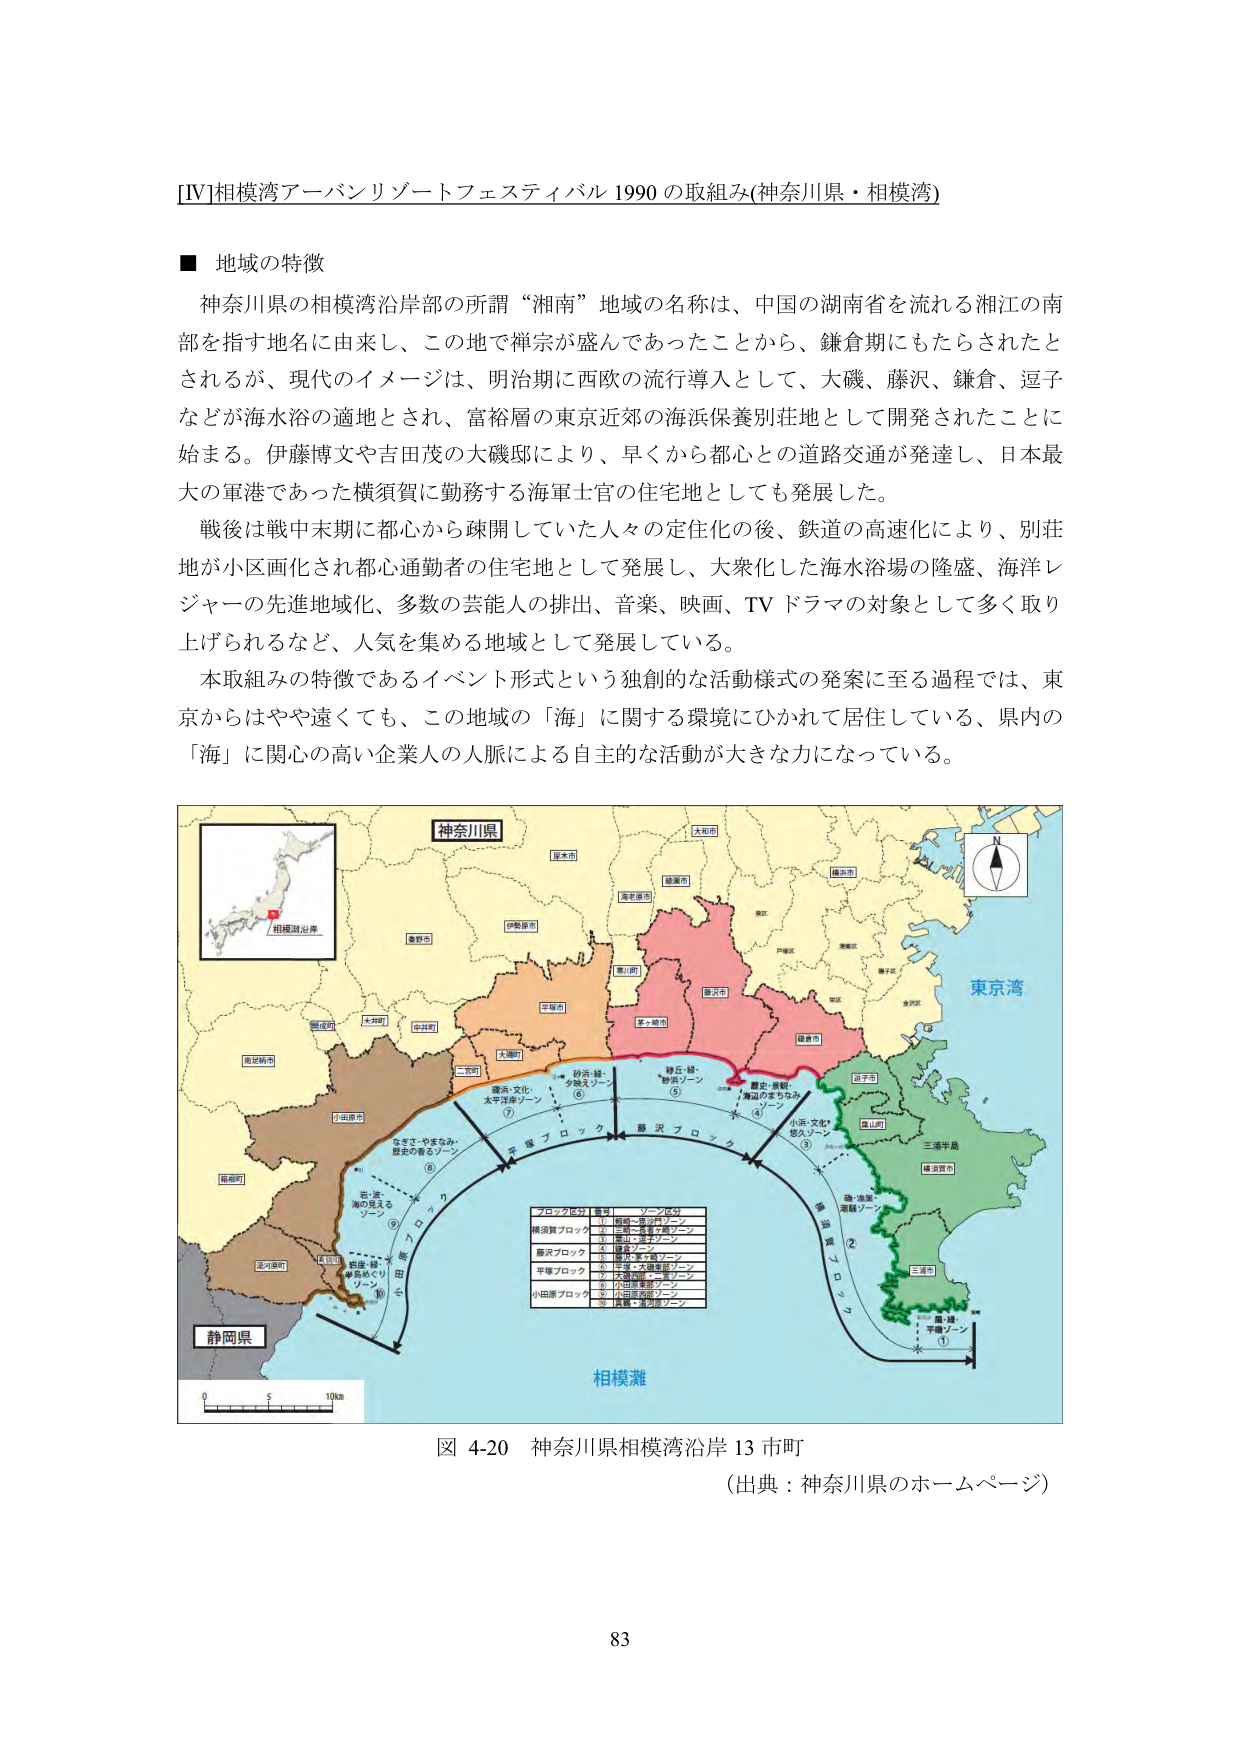
[Ⅳ]相模湾アーバンリゾートフェスティバル 1990 の取組み(神奈川県・相模湾)

■ 地域の特徴
神奈川県の相模湾沿岸部の所謂“湘南”地域の名称は、中国の湖南省を流れる湘江の南部を指す地名に由来し、この地で禅宗が盛んであったことから、鎌倉期にもたらされたとされるが、現代のイメージは、明治期に西欧の流行導入として、大磯、藤沢、鎌倉、逗子などが海水浴の適地とされ、富裕層の東京近郊の海浜保養別荘地として開発されたことに始まる。伊藤博文や吉田茂の大磯邸により、早くから都心との道路交通が発達し、日本最大の軍港であった横須賀に勤務する海軍士官の住宅地としても発展した。
戦後は戦中末期に都心から疎開していた人々の定住化の後、鉄道の高速化により、別荘地が小区画化され都心通勤者の住宅地として発展し、大衆化した海水浴場の隆盛、海洋レジャーの先進地域化、多数の芸能人の排出、音楽、映画、TV ドラマの対象として多く取り上げられるなど、人気を集める地域として発展している。
本取組みの特徴であるイベント形式という独創的な活動様式の発案に至る過程では、東京からはやや遠くても、この地域の「海」に関する環境にひかれて居住している、県内の「海」に関心の高い企業人の人脈による自主的な活動が大きな力になっている。

神奈川県
大和市
海老名市
綾瀬市
横浜市
横須賀市
藤沢市
鎌倉市
逗子市
三浦市
葉山町
三浦半島
横須賀市
東京湾
相模灘
静岡県
0 5 10km
N
相模湾沿岸
小田原市
秦野市
愛甲郡
中井町
大磯町
二宮町
平塚市
伊勢原市
厚木市
座間市
南足柄市
箱根町
湯河原町
大磯・藤沢ゾーン
藤沢・鎌倉ゾーン
鎌倉・逗子ゾーン
小田原・平塚ゾーン
平塚・秦野ゾーン
大磯・藤沢ゾーン
藤沢・鎌倉ゾーン
鎌倉・逗子ゾーン
小田原・平塚ゾーン
平塚・秦野ゾーン
①
②
③
④
⑤
⑥
⑦
⑧
⑨
⑩
ブロック区分 番号 ゾーン区分
横須賀ブロック ① 横須賀・逗子ゾーン
② 三浦・葉山・横須賀ゾーン
藤沢ブロック ③ 藤沢・鎌倉ゾーン
④ 鎌倉・逗子ゾーン
平塚ブロック ⑤ 平塚・秦野ゾーン
⑥ 大磯・藤沢ゾーン
小田原ブロック ⑦ 小田原・平塚ゾーン
⑧ 平塚・秦野ゾーン
⑨ 小田原・平塚ゾーン
⑩ 大磯・藤沢ゾーン
図 4-20 神奈川県相模湾沿岸 13 市町
（出典：神奈川県のホームページ）
83